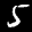
Label: 5